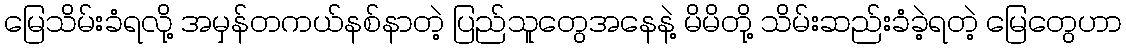
မြေသိမ်းခံရလို့ အမှန်တကယ်နစ်နာတဲ့ ပြည်သူတွေအနေနဲ့ မိမိတို့ သိမ်းဆည်းခံခဲ့ရတဲ့ မြေတွေဟာ